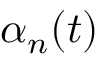
\alpha _ { n } ( t )